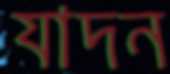
যাদন